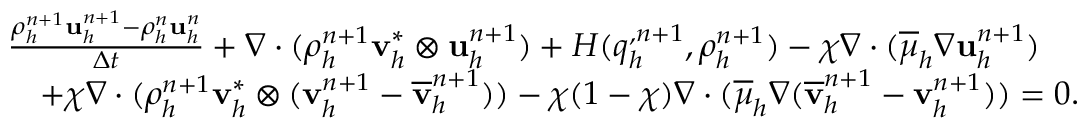
\begin{array} { r l } & { \frac { \rho _ { h } ^ { n + 1 } \mathbf u _ { h } ^ { n + 1 } - \rho _ { h } ^ { n } \mathbf u _ { h } ^ { n } } { \Delta t } + \nabla \cdot ( \rho _ { h } ^ { n + 1 } \mathbf v _ { h } ^ { * } \otimes \mathbf u _ { h } ^ { n + 1 } ) + H ( q _ { h } ^ { , n + 1 } , \rho _ { h } ^ { n + 1 } ) - \chi \nabla \cdot ( \overline { { \mu } } _ { h } \nabla { \mathbf u } _ { h } ^ { n + 1 } ) } \\ & { \quad + \chi \nabla \cdot ( \rho _ { h } ^ { n + 1 } \mathbf v _ { h } ^ { * } \otimes ( \mathbf v _ { h } ^ { n + 1 } - \overline { { \mathbf v } } _ { h } ^ { n + 1 } ) ) - \chi ( 1 - \chi ) \nabla \cdot ( \overline { { \mu } } _ { h } \nabla ( \overline { { \mathbf v } } _ { h } ^ { n + 1 } - { \mathbf v } _ { h } ^ { n + 1 } ) ) = \boldsymbol { 0 } . } \end{array}